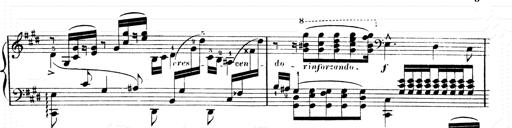
Title: 2 Transcriptions d'aprÃ¨s Rossini
Composer: Franz Liszt